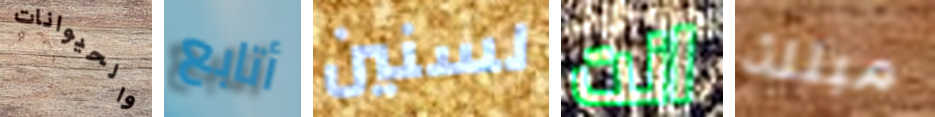
والحيوانات أتابع لسنين انت مبتلة